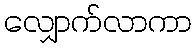
လျှောက်လာကာ